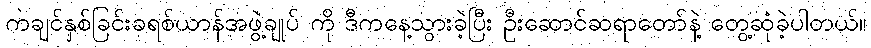
ကချင်နှစ်ခြင်းခရစ်ယာန်အဖွဲ့ချုပ် ကို ဒီကနေ့သွားခဲ့ပြီး ဦးဆောင်ဆရာတော်နဲ့ တွေ့ဆုံခဲ့ပါတယ်။